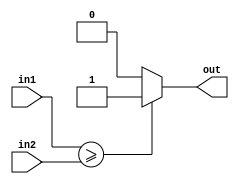
module greater_than_equal_comparator (
    input signed [7:0] in1, 
    input signed [7:0] in2, 
    output reg out
    );

    always @ (*) begin
        if (in1 >= in2) begin
            out <= 1;
        end else begin
            out <= 0;
        end
    end

endmodule